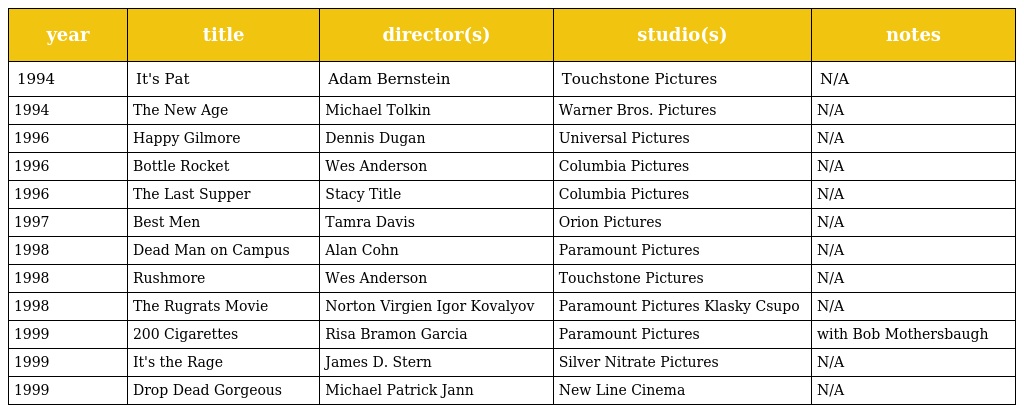
| year | title | director(s) | studio(s) | notes |
 | --- | --- | --- | --- | --- |
 | 1994 | It's Pat | Adam Bernstein | Touchstone Pictures | N/A |
 | 1994 | The New Age | Michael Tolkin | Warner Bros. Pictures | N/A |
 | 1996 | Happy Gilmore | Dennis Dugan | Universal Pictures | N/A |
 | 1996 | Bottle Rocket | Wes Anderson | Columbia Pictures | N/A |
 | 1996 | The Last Supper | Stacy Title | Columbia Pictures | N/A |
 | 1997 | Best Men | Tamra Davis | Orion Pictures | N/A |
 | 1998 | Dead Man on Campus | Alan Cohn | Paramount Pictures | N/A |
 | 1998 | Rushmore | Wes Anderson | Touchstone Pictures | N/A |
 | 1998 | The Rugrats Movie | Norton Virgien Igor Kovalyov | Paramount Pictures Klasky Csupo | N/A |
 | 1999 | 200 Cigarettes | Risa Bramon Garcia | Paramount Pictures | with Bob Mothersbaugh |
 | 1999 | It's the Rage | James D. Stern | Silver Nitrate Pictures | N/A |
 | 1999 | Drop Dead Gorgeous | Michael Patrick Jann | New Line Cinema | N/A |